Lunatic asylums Madras 1892-1911 - 1892-1911
Year: 1892
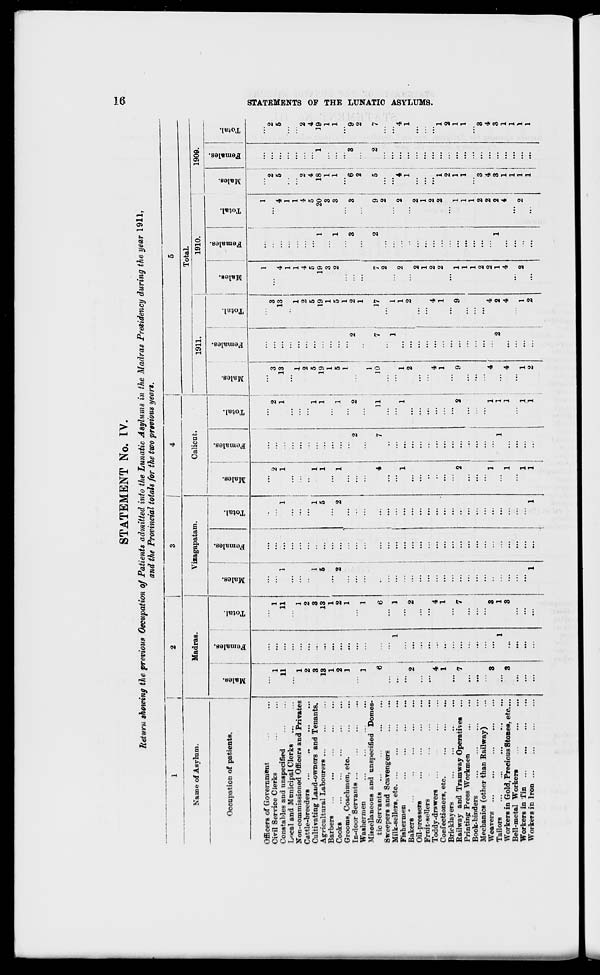
STATEMENT No. IV.
C5
Return showing the previous Occupation of Patients admitted into the Lunatic Asylums in the Madras Presidency during the year 1911,
and the Provincial totals for the two previous years.
1
2
i
3
i
4
5
Madras.
!
j
Vizagapatam.
Calicut.
Total.
Name of Asylum.
1911.
1910.
1909.
00
!
DO
00
00
00
Occupation of patients.
B
5 e
-t>
•
CO
2
a
"a
.2
■3
"5 49
00
o
"3
6
c3
■
i i
-3
|
i 00
.2
3
3
i
'5
<5
I
eS
o
s
61
S
.
"o
eg
o
fa
O
EH
1
9
fa
o
EH
1
fa
EH
a fa *
Officers of Government
j
I
..
I
1
'o
Civil Service Clerks
' 1 1
1
2
2
3
...
3
...
...
2
2
Constables and unspecified
11
...
11
" 1
■" 1
1
1
13
...
13
4
...
4
5
5
Local and Municipal Clerks
...
..
...
...
1
...
1
• •
...
Non-commissioned Officers and Privates
i:
1
...
1
...
1
1
1
...
Cattle-breeders ...
,.
2
2
..
2
...
2
4
...
4
2
2
Cultivating Laud-owners and Tenants.
3
3
1
1
1
1
5
...
5
5
...
5
4
4
Agricultural Labourers ...
13
13
5
5
1
1
19
19
19
1
20
18
1
19
Barbers
1
1
...
1
1
3
...
3
1
1
Cooks
2
2
2
..
2
1
1
5
...
5
2
1
3
1
1
Grooms. Coachmen, etc.
] .
1
■
...
...
...
1
1
...
...
...
In-door Servants ...
..
2
2
2
2
...
3
3
6
3
9
Washermen
"' i:
1
...
1
...
...
...
2
...
2
Miscellaneous and unspecified Domes-
1
tic Servants
6
6
4
7
11
10
7
17
7
2
9
5
2
7
Sweepers and Scavengers
...
...
" -
...
2
2
...
Milk-sellers, etc
1
' 1 j
...
...
1
l
"•' „
'*" i
...
Fishermen
...
.,
1
1
1
...
1
2
...
2
4
4
Bakers
...
2
...
2
...
2
...
2
...
..
1
1
Oil-pressers
,..
...
...
...
2
2
...
...
Frnit-BeUers
...
...
...
...
1
1
...
...
Toddy-drawers ...
4
4
...
4
...
4
2
2
...
...
Confectioners, etc.
1
1
...
1
1
2
2
1
1
Bricklayers
,.
...
...
...
...
...
2
2
Railway and Tramway Operatives
7
7
2
...
2
9
9
1
1
1
1
Printing Press "Workmen
...
...
...
...
1
1
1
1
Book-binders
...
...
...
...
1
1
...
...
Mechanics (other than Bailway)
...
...
...
...
2
2
3
3
Weavers
3
3
1
1
4
4
2
2
4
Tailors
1
1
1
1
'" 2
2
1
1
2
3
3
Workers in Gold, Precious Stones., etc....
3
3
1
...
1
4
4
4
4
1
i
Bell-metal Workers
...
...
...
...
;
1
Workers in Tin
...
..
..
...
1
1
1
1
2
2
i
1
Workers in Iron
...
...
...
1
...
1
1
1
2
1
...
2
...
...
...
1
1
s
B
»
00
O
W
M
fcr>
a
H
CO
tH
GC